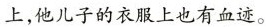
上，他儿子的衣服上也有血迹。